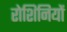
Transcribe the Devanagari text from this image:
रोशिनियों